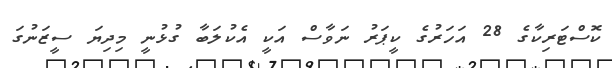
ކޮސްޓަރިކާގެ 28 އަހަރުގެ ކީޕަރު ނަވާސް އަކީ އެކުލަބާ ގުޅުނީ މިދިޔަ ސީޒަނުގަ